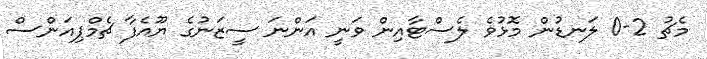
މެޗު 2-0 ލަނޑުން މޮޅުވެ ލެސްޓާއިން ވަނީ އަންނަ ސީޒަނުގެ ޔޫއެފާ ޗެމްޕިއަންސް